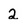
Character: 2